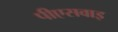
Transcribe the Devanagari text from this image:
पीएसवाइ